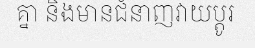
គ្នា និងមានជំនាញវាយប្តូរ